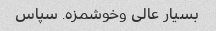
بسیار عالی وخوشمزه. سپاس